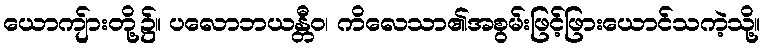
ယောကျ်ားတို့၌။ ပလောဘယန္တီဝ၊ ကိလေသာ၏အစွမ်းဖြင့်ဖြားယောင်သကဲ့သို့။